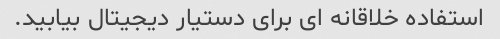
استفاده خلاقانه ای برای دستیار دیجیتال بیابید.